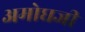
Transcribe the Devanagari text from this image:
अमोघजी